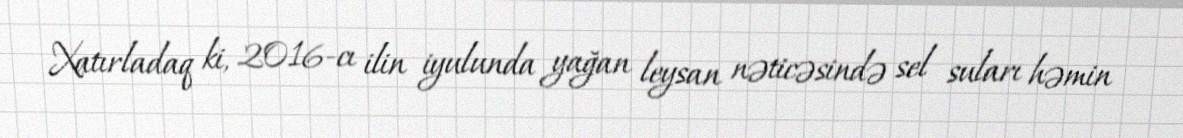
Xatırladaq ki, 2016-cı ilin iyulunda yağan leysan nəticəsində sel suları həmin